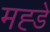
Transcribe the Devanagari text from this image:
मह्डे